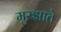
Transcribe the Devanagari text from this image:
मुरझाते